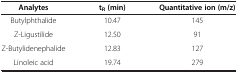
<table><thead><tr><td><b>Analytes</b></td><td><b>t<sub>R </sub>(min)</b></td><td><b>Quantitative ion (m/z)</b></td></tr></thead><tbody><tr><td>Butylphthalide</td><td>10.47</td><td>145</td></tr><tr><td>Z-Ligustilide</td><td>12.50</td><td>91</td></tr><tr><td> Z-Butylidenephalide</td><td>12.83</td><td>127</td></tr><tr><td>Linoleic acid</td><td>19.74</td><td>279</td></tr></tbody></table>